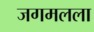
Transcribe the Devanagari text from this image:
जगमलला